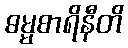
ဓမ္မစာရိနီတိ